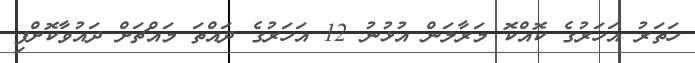
ހަތަރު އަހަރުގެ ކޮއްކޮ މަރާލަން އުޅުނު 12 އަހަރުގެ ދައްތަ މައްޗަށް ދައުވާކޮށްފި